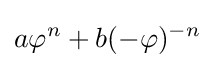
a\varphi ^{n}+b(-\varphi )^{-n}